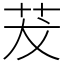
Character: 茇